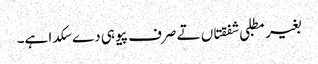
بغیر مطلبی شفقتاں تے صرف پیو ہی دے سکدا ہے۔